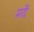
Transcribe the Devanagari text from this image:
मर्दें